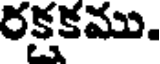
రక్షకము.